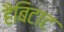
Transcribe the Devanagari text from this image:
हैबिटाट